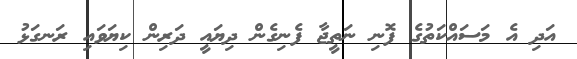
އަދި އެ މަސައްކަތުގެ ފޮނި ނަތީޖާ ފެނިގެން ދިޔައީ ދަރިން ކިޔަވައި ރަނގަޅު